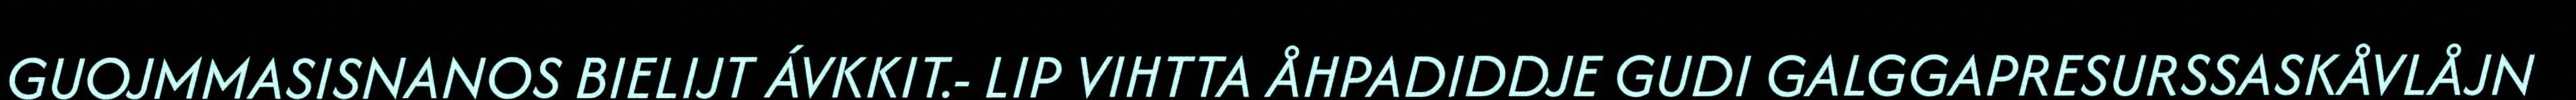
GUOJMMASISNANOS BIELIJT ÁVKKIT.- LIP VIHTTA ÅHPADIDDJE GUDI GALGGAPRESURSSASKÅVLÅJN